Report on vaccination in Madras 1904-1921 - 1904-1921
Year: 1904
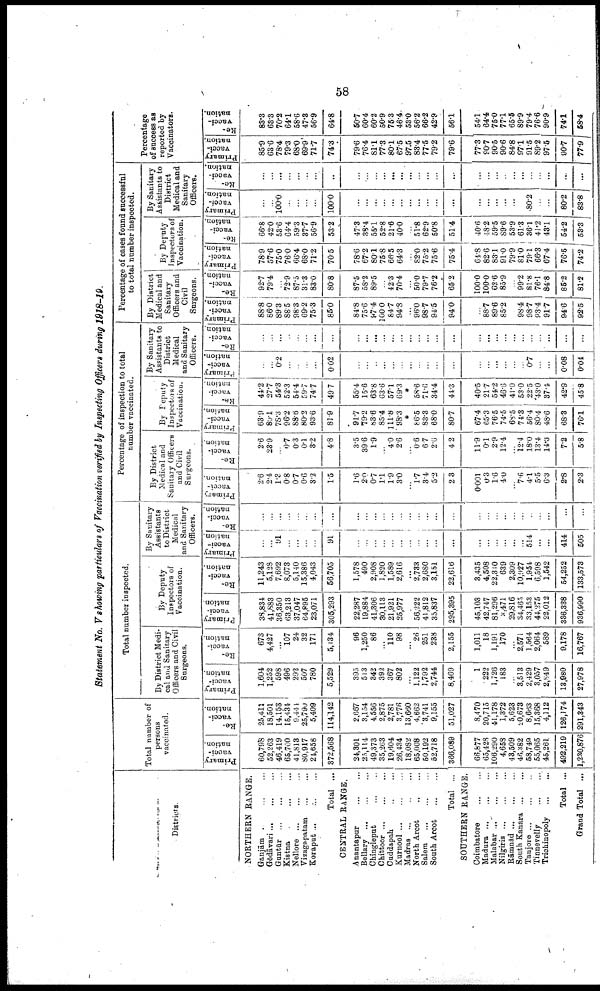
58
Statement No. V showing particulars of Vaccination verified by Inspecting Officers during 1918-19.
Districts.
NORTHERN RANGE.
Granjām
...
...
...
Gōdāvari ... ... ...
Guntūr ... ... ...
Kistna
...
...
...
Nellore ... ... ...
Vizagapatam
...
...
Koraput ... ... ...
Total ...
CENTRAL RANGE.
Anantapur ... ...
Bellary
...
...
...
Chingleput ... ... ...
Chittoor
...
...
...
Cuddapah ... ...
Kurnool
...
...
...
Madras
...
...
...
North Arcot
...
...
Salem
...
...
...
South Arcot
...
...
Total ...
SOUTHERN RANGE.
Coimbatore
...
...
Madura
...
...
...
Malabar
...
...
...
Nilgiris
...
...
...
Rāmnād
...
...
...
South Kanara
...
...
Tanjore ... ... ...
Tinnevelly
...
...
Trichinopoly
...
...
Total ...
Grand Total ...
Total number of
persons
vaccinated.
Primary
vacci
nation.
60,798
52,263
46,419
65,700
41,813
80,917
21,658
372,668
24,301
25,114
49,373
35,263
19,604
26,434
18,082
65,008
50,192
52,718
366,089
66,877
65,428
106,290
4,658
43,509
46,882
58,749
55,065
45,261
492,219
1,230,876
Re¬
vacci
nation.
25,411
18,501
14,153
15,434
9,441
25,790
5,409
114,142
2,667
3,154
4,556
2,875
2,781
3,776
13,660
4,662
3,741
9,155
51,027
8,470
20,715
41,178
1,372
5,623
20,673
8,663
15,368
4,112
126,174
291,343
Total number inspected.
By District Medi
cal and Sanitary
Officers and Civil
Surgeons.
Primary
vacci
nation.
1,604
1,252
598
496
292
507
780
5,529
395
513
342
392
367
802
...
1,122
1,792
2,744
8,469
1
222
1,726
183
...
3,513
2,429
3,057
2,849
13,980
27,978
Re¬
vacci
nation.
673
4,427
...
107
24
32
171
5,434
96
1,250
86
...
110
98
...
26
251
238
2,155
1,011
18
1,191
170
...
2,571
1 ,564
2,064
589
9,178
16,767
By Deputy
Inspectors of
Vaccination.
Primary
vacci
nation.
38,834
41,883
36,350
63,213
37,047
64,895
23,071
305,293
22,287
19,884
41,306
30,113
21,921
25,977
...
56,222
41,812
35,837
295,395
45,103
42,747
81,296
3,471
29,816
34,465
33,153
44,275
22,012
336,338
936,990
Re¬
vacci
nation.
11,243
5,128
7,692
8,073
5,140
15,386
4,043
56,705
1,578
490
2,908
1,820
1,589
2,616
...
2,733
2,680
3,151
22,616
3,435
4,508
22,310
639
2,309
10,927
1,954
6,598
1,542
54,252
133,573
By Sanitary
Assistants
to District
Medical
and Sanitary
Officers.
Primary
vacci
nation.
...
...
91
...
...
...
...
91
...
...
...
...
...
...
...
...
...
...
...
...
...
...
...
...
...
514
...
...
414
505
Re¬
vacci
nation.
...
...
...
...
...
...
...
...
...
...
...
...
...
...
...
...
...
...
...
...
...
...
...
...
...
...
...
...
...
...
Percentage of inspection to total
number vaccinated.
By District
Medical and
Sanitary Officers
and Civil
Surgeons.
Primary
vacci
nation.
2.6
2.4
1.3
0.8
0.7
0.6
3.2
15
1.6
2.0
0.7
1.1
1.9
3.0
...
1.7
3.4
5.2
2.3
0.001
0.3
1.6
4.0
...
7.6
4.1
5.5
6.3
2.8
2.3
Re¬
vacci
nation.
2.6
23.9
...
0.7
0.3
0.1
3.2
4.8
3.5
39.6
1.9
...
4.0
2.6
...
0.6
6.7
2.6
4.2
11.9
0.1
2.9
12.4
...
12.4
18.0
13.4
14.3
7.2
5.8
By Deputy
Inspectors of
Vaccination.
Primary
vacci
nation.
63.9
80.1
78.3
96.2
88.6
80.2
93.6
81.9
91.7
79.2
83.6
85.4
111.8
98.3
*
86.5
83.3
68.0
80.7
67.4
65.3
76.5
74.5
68.5
74.3
56.4
80.4
48.6
68.3
76.1
Re¬
vacci¬
nation.
41.2
27.7
54.3
52.3
54.4
59.7
74.7
49.7
55.4
15.6
63.8
63.6
57.1
69.3
*
58.6
71.6
34.4
44.3
40.5
21.7
54.2
46.6
41.0
53.0
22.5
43.0
37.4
42.9
45.8
By Sanitary
Assistants to
District
Medical
and Sanitary
Officers.
Primary
vacci
nation.
...
...
0.2
...
...
...
...
0.02
...
...
...
...
...
...
...
...
...
...
...
...
...
...
...
...
...
0.7
...
...
0.08
0.04
Re¬
vacci
nation.
...
...
...
...
...
...
...
...
...
...
...
...
...
...
...
...
...
...
...
...
...
...
...
...
...
...
...
...
...
...
Percentage of cases found successful
to total number inspected.
By District
Medical and
Sanitary
Officers and
Civil
Surgeons.
Primary
vacci
nation.
88.8
86.0
89.3
88.5
98.3
69.2
75.3
85.0
84.8
75.6
97.4
100.0
84.7
94.8
...
96.0
98.7
94.5
94.0
...
88.7
89.6
85.2
...
98.4
98.7
93.4
91.7
94.6
92.5
Re¬
vacci
nation.
92.7
79.4
...
72.9
87.5
31.3
83.0
80.8
87.5
58.2
89.5
...
42.3
70.4
...
50.0
79.7
76.2
65.2
100.0
100.0
62.6
85.9
...
99.2
81.8
76.1
84.8
85.2
81.2
By Deputy
Inspectors of
Vaccination.
Primary
vacci
nation.
78.9
57.6
75.0
76.0
66.4
68.0
71.2
70.5
78.6
67.2
80.1
75.8
66.5
64.3
...
82.0
75.2
75.6
75.4
64.8
82.6
83.1
91.0
79.9
81.0
79.1
66.3
67.4
76.5
74.2
Re¬
vacci¬
nation.
66.8
42.0
53.6
64.4
59.3
37.7
56.9
53.2
47.3
38.4
55.1
52.8
21.6
40.0
...
51.8
62.9
50.8
51.4
40.6
48.2
59.5
89.6
53.9
61.3
36.1
41.2
43.1
54.2
53.3
By Sanitary
Assistants to
District
Medical and
Sanitary
Officers.
Primary
vacci¬
nation.
...
...
100.0
...
...
...
...
100.0
...
...
...
...
...
...
...
...
...
...
...
...
...
...
...
...
...
80.2
...
...
80.2
83.8
Re
vacci¬
nation.
...
...
...
...
...
...
...
...
...
...
...
...
...
...
...
...
...
...
...
...
...
...
...
...
...
...
...
...
...
...
Percentage
of success as
reported by
Vaccinators.
Primary
vacci
nation.
85.9
63.6
78.4
79.3
68.0
69.9
71.7
74.3
79.6
76.4
81.1
77.3
80.1
67.5
97.5
83.4
77.5
79.2
79.6
77.3
90.7
90.5
90.6
84.8
97.1
91.5
89.2
97.5
90.7
77.9
Re¬
vacci¬
nation.
83.3
63.3
70.2
64.1
58.6
47.3
56.9
64.8
50.7
60.4
60.2
50.9
75.3
46.4
53.0
56.2
66.2
42.9
56.1
54.1
64.4
75.0
77.1
65.5
89.9
79.4
76.6
90.9
74.1
58.4